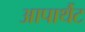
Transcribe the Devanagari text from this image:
आपार्थैट